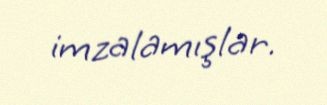
imzalamışlar.